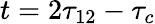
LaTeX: t=2\tau_{12}-\tau_{c}